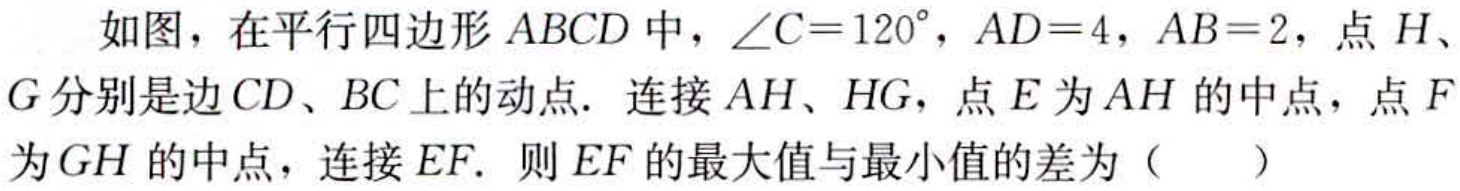
如图，在平行四边形 \(ABCD\) 中，\(\angle C = 120^{\circ}\)，\(AD = 4\)，\(AB = 2\)，点 \(H\)、\(G\) 分别是边 \(CD\)、\(BC\) 上的动点. 连接 \(AH\)、\(HG\)，点 \(E\) 为 \(AH\) 的中点，点 \(F\) 为 \(GH\) 的中点，连接 \(EF\). 则 \(EF\) 的最大值与最小值的差为（  ）